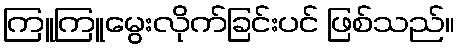
ကြူကြူမွေးလိုက်ခြင်းပင် ဖြစ်သည်။